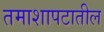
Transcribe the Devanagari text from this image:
तमाशापटातील